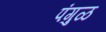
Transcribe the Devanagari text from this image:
पंगुळ